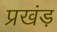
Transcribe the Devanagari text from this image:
प्रखंड़